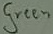
Text: Green